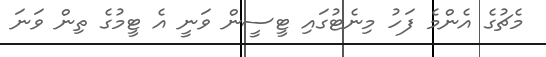
މެޗުގެ އެންމެ ފަހު މިނެޓުގައި ޓީސީން ވަނީ އެ ޓީމުގެ ތިން ވަނަ